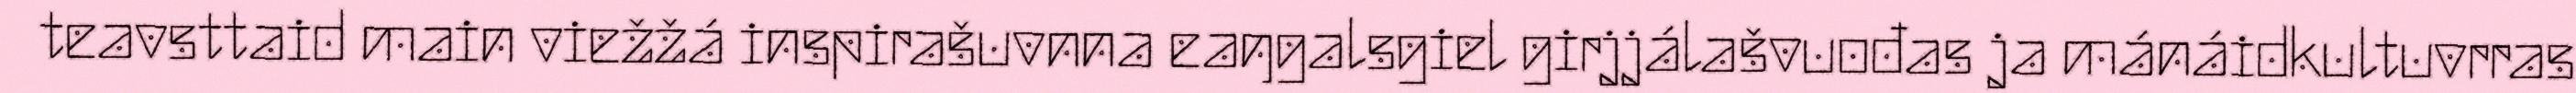
teavsttaid main viežžá inspirašuvnna eaŋgalsgiel girjjálašvuođas ja mánáidkultuvrras